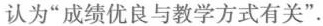
认为”成绩优良与教学方式有关”.